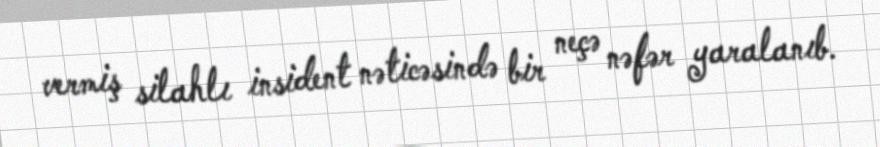
vermiş silahlı insident nəticəsində bir neçə nəfər yaralanıb.